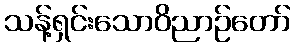
သန့်ရှင်းသောဝိညာဉ်တော်